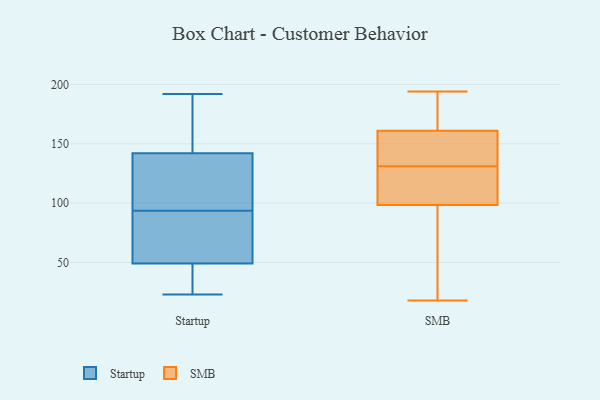
{"axis": {"x": "Page Views", "y": "Value"}, "legend": ["SMB", "Startup"], "data": [{"x": "", "y": 142, "type": "Startup"}, {"x": "", "y": 181, "type": "Startup"}, {"x": "", "y": 192, "type": "Startup"}, {"x": "", "y": 82, "type": "Startup"}, {"x": "", "y": 135, "type": "Startup"}, {"x": "", "y": 49, "type": "Startup"}, {"x": "", "y": 39, "type": "Startup"}, {"x": "", "y": 39, "type": "Startup"}, {"x": "", "y": 23, "type": "Startup"}, {"x": "", "y": 72, "type": "Startup"}, {"x": "", "y": 51, "type": "Startup"}, {"x": "", "y": 141, "type": "Startup"}, {"x": "", "y": 105, "type": "Startup"}, {"x": "", "y": 155, "type": "Startup"}, {"x": "", "y": 124, "type": "SMB"}, {"x": "", "y": 134, "type": "SMB"}, {"x": "", "y": 132, "type": "SMB"}, {"x": "", "y": 123, "type": "SMB"}, {"x": "", "y": 181, "type": "SMB"}, {"x": "", "y": 194, "type": "SMB"}, {"x": "", "y": 165, "type": "SMB"}, {"x": "", "y": 99, "type": "SMB"}, {"x": "", "y": 97, "type": "SMB"}, {"x": "", "y": 181, "type": "SMB"}, {"x": "", "y": 150, "type": "SMB"}, {"x": "", "y": 18, "type": "SMB"}, {"x": "", "y": 28, "type": "SMB"}, {"x": "", "y": 157, "type": "SMB"}, {"x": "", "y": 74, "type": "SMB"}, {"x": "", "y": 152, "type": "SMB"}, {"x": "", "y": 98, "type": "SMB"}, {"x": "", "y": 130, "type": "SMB"}, {"x": "", "y": 165, "type": "SMB"}, {"x": "", "y": 99, "type": "SMB"}]}